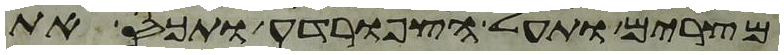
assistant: מצרים ותעל הצפרדע ותכס את